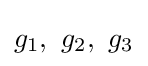
g_{1},~g_{2},~g_{3}